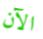
الآن